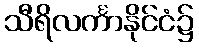
သီရိလင်္ကာနိုင်ငံ၌